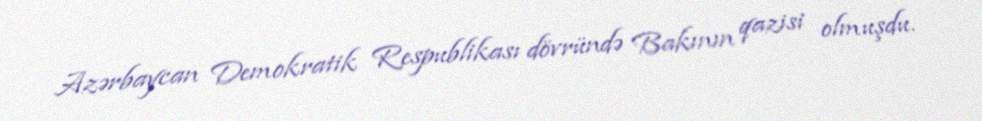
Azərbaycan Demokratik Respublikası dövründə Bakının qazisi olmuşdu.